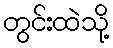
တွင်းထဲသို့